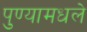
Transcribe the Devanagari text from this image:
पुण्यामधले